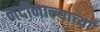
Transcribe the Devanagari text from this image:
नदीनाल्याच्या